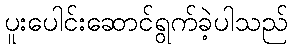
ပူးပေါင်းဆောင်ရွက်ခဲ့ပါသည်